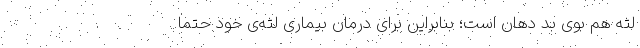
لثه هم بوی بد دهان است؛ بنابراین برای درمان بیماری لثه‌ی خود حتما